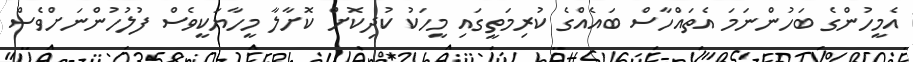
އެމީހުންގެ ބަހުންނަމަ އެތައްހާސް ބައެއްގެ ކުރިމަތީގައި މީހަކު ކުދިކޮށް ކޮށާލާ މީހާޔަކީވެސް ފުލުހުންނަށްވެސް